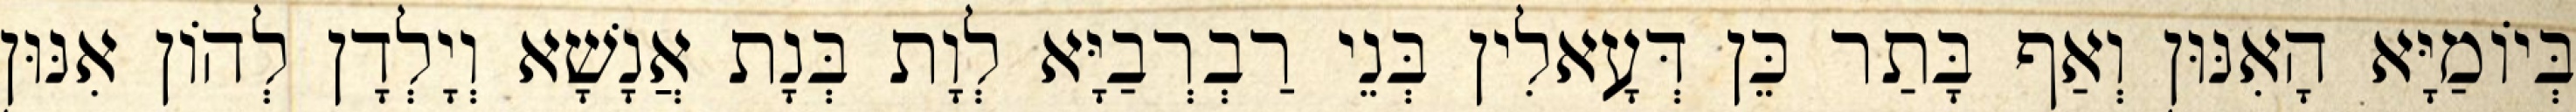
בְּיוֹמַיָּא הָאִנּוּן וְאַף בָּתַר כֵּן דְּעָאלִין בְּנֵי רַבְרְבַיָּא לְוָת בְּנָת אֲנָשָׁא וְיָלְדָן לְהוֹן אִנּוּן